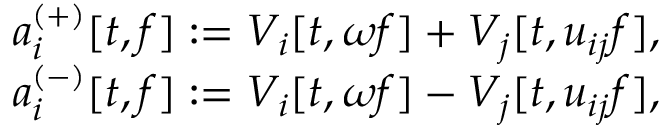
\begin{array} { r } { a _ { i } ^ { ( + ) } [ t , f ] : = V _ { i } [ t , \omega f ] + V _ { j } [ t , u _ { i j } f ] , } \\ { a _ { i } ^ { ( - ) } [ t , f ] : = V _ { i } [ t , \omega f ] - V _ { j } [ t , u _ { i j } f ] , } \end{array}